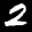
Label: 2